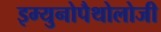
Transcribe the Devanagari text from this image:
इम्युनोपैथोलोजी